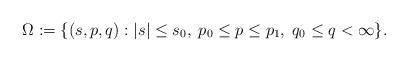
LaTeX: \begin{align*}\Omega:=\{(s,p,q):|s|\leq s_0,\;p_0\leq p\leq p_1,\;q_0\leq q<\infty\}.\end{align*}